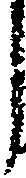
し